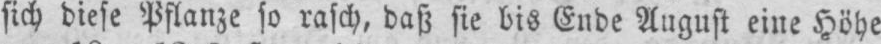
sich diese Pflanze so rasch, daß sie bis Ende August eine Höhe